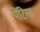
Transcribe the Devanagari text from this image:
पेंटिग्ज